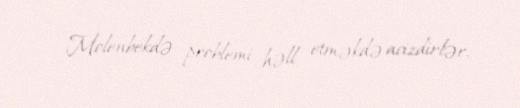
Molenbekdə problemi həll etməkdə acizdirlər.